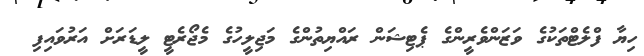
ހިޔާ ފްލެޓްތަކުގެ ވަޒަންވެރީންގެ ޕެޓިޝަން ރައްޔިތުންގެ މަޖިލީހުގެ މެޖޯރެޓީ ލީޑަރަށް އަރުވައިފި